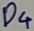
Text: D4